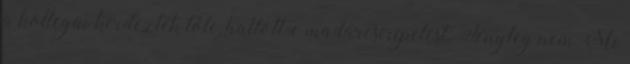
a kollegái kérdezték tőle, hallott-e madárcsiripelést. Tényleg nem Mi